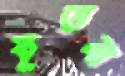
ইতনা